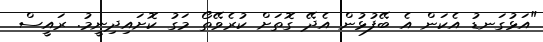
"އަޅުގަނޑު އެކަން އެ ބޭފުޅުން އެދޭ ގޮތަށް ކުރެވޭތޯ މަގު ކޮށައިދިނީމު. ރައީސް